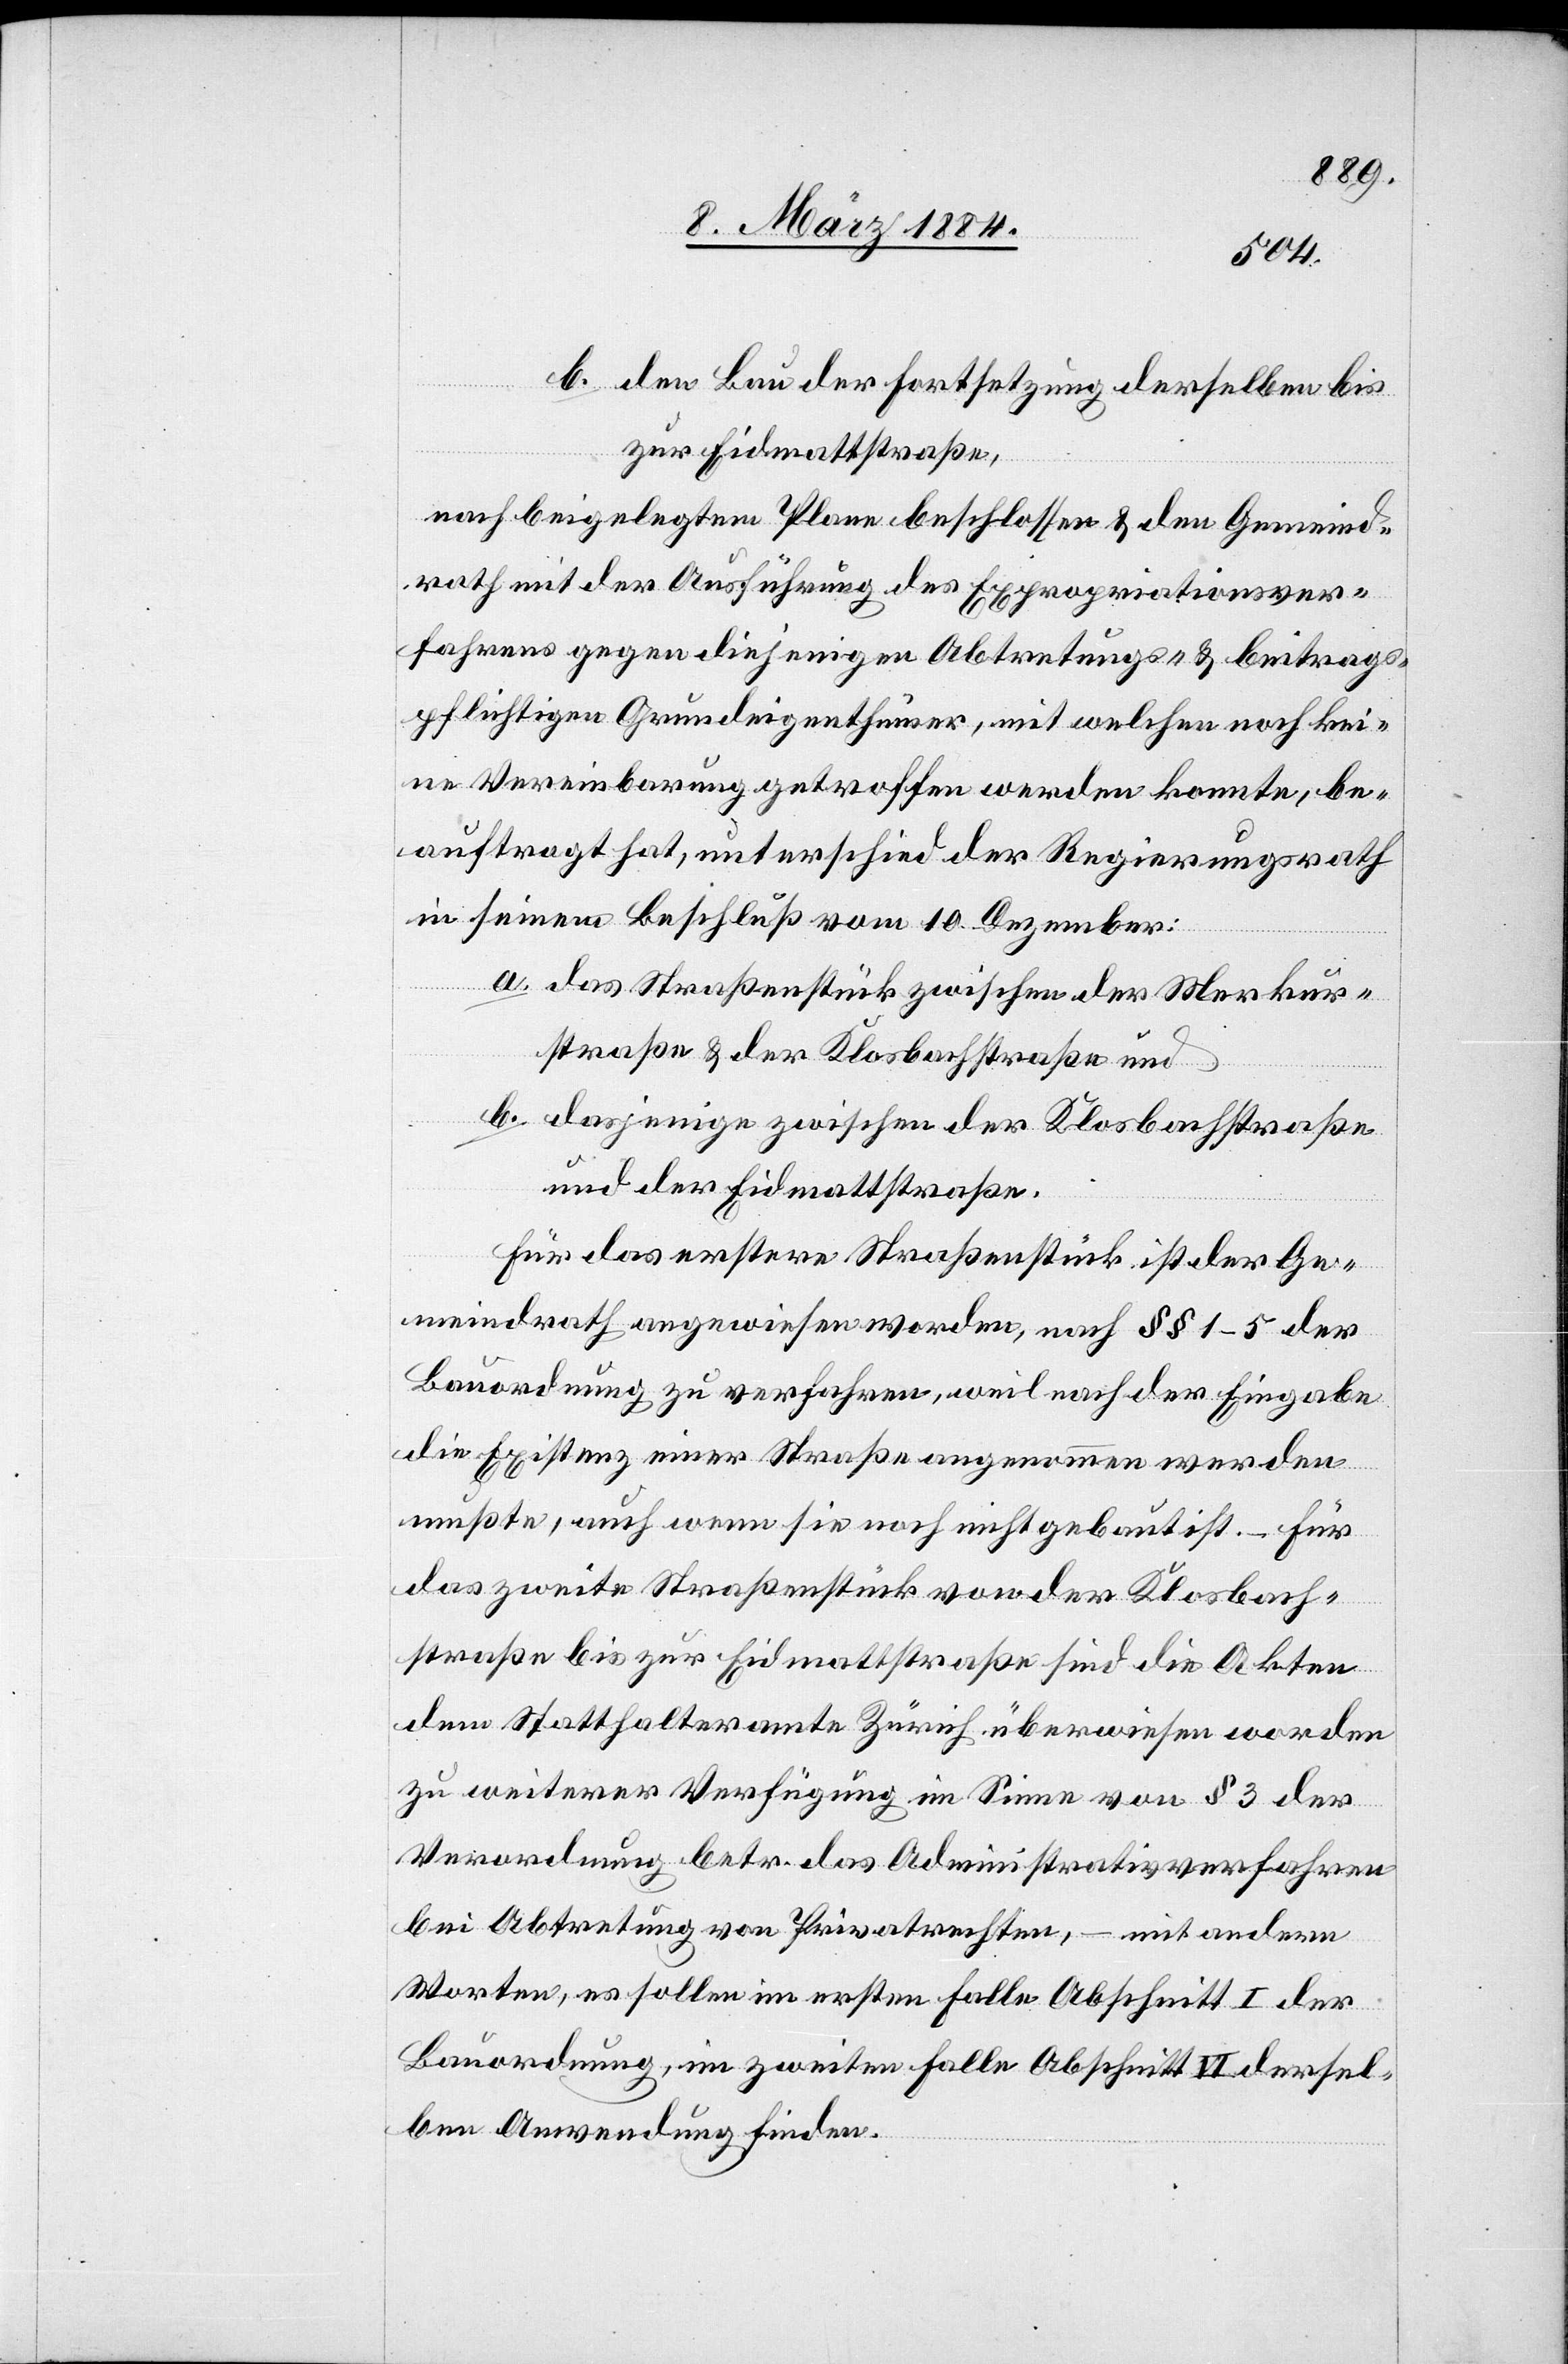
b. den Bau der Fortsetzung derselben bis
zur Eidmattstraße,
nach beigelegtem Plane beschlossen & den Gemeind¬
rath mit der Ausführung des Expropriationsver¬
fahrens gegen diejenigen Abtretungs- & Beitrags¬
pflichtigen Grundeigenthümer, mit welchen noch kei¬
ne Vereinbarung getroffen werden konnte, be¬
auftragt hat, unterschied der Regierungsrath
in seinem Beschluß vom 10. Dezember:
a. das Straßenstück zwischen der Merkur¬
straße & der Klosbachstraße und
b. dasjenige zwischen der Klosbachstraße
und der Eidmattstraße.
Für das erstere Straßenstück ist der Ge¬
meindrath angewiesen worden, nach §§ 1–5 der
Bauordnung zu verfahren, weil nach der Eingabe
die Existenz einer Straße angenommen werden
mußte, auch wenn sie noch nicht gebaut ist. – Für
das zweite Straßenstück von der Klosbach¬
straß bis zur Eidmattstraße sind die Akten
dem Statthalteramte Zürich überwiesen worden
zu weiterer Verfügung im Sinne von § 3 der
Verordnung betr. das Administrativverfahren
bei Abtretung von Privatechten, – mit andern
Worten, es sollen im ersten Falle Abschnitt I der
Bauordnung, im zweiten Falle Abschnitt VI dersel¬
ben Anwendung finden.